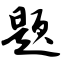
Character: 题